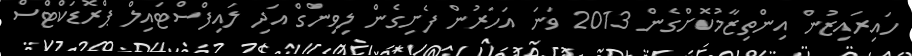
ހައިރައިޒުން އިންތިޒާމުކޮށްގެން 2013 ވަނަ އަހަރުން ފެށިގެން ލިވިންގް އަދި ލައިފްސްޓައިލް ޕްރޮޑަކްޓްސް